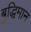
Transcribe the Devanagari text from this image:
बुद्धिमान्‌